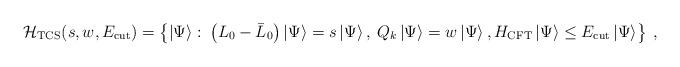
LaTeX: \begin{align*}{\cal H}_{\mathrm{TCS}}(s,w,E_{\mathrm{cut}})=\left\{ \left| \Psi \right\rangle :\: \left( L_{0}-\bar{L}_{0}\right) \left| \Psi \right\rangle =s\left| \Psi \right\rangle ,\: Q_{k}\left| \Psi \right\rangle =w\left| \Psi \right\rangle ,H_{\mathrm{CFT}}\left| \Psi \right\rangle \leq E_{\mathrm{cut}}\left| \Psi \right\rangle \right\} \: ,\end{align*}